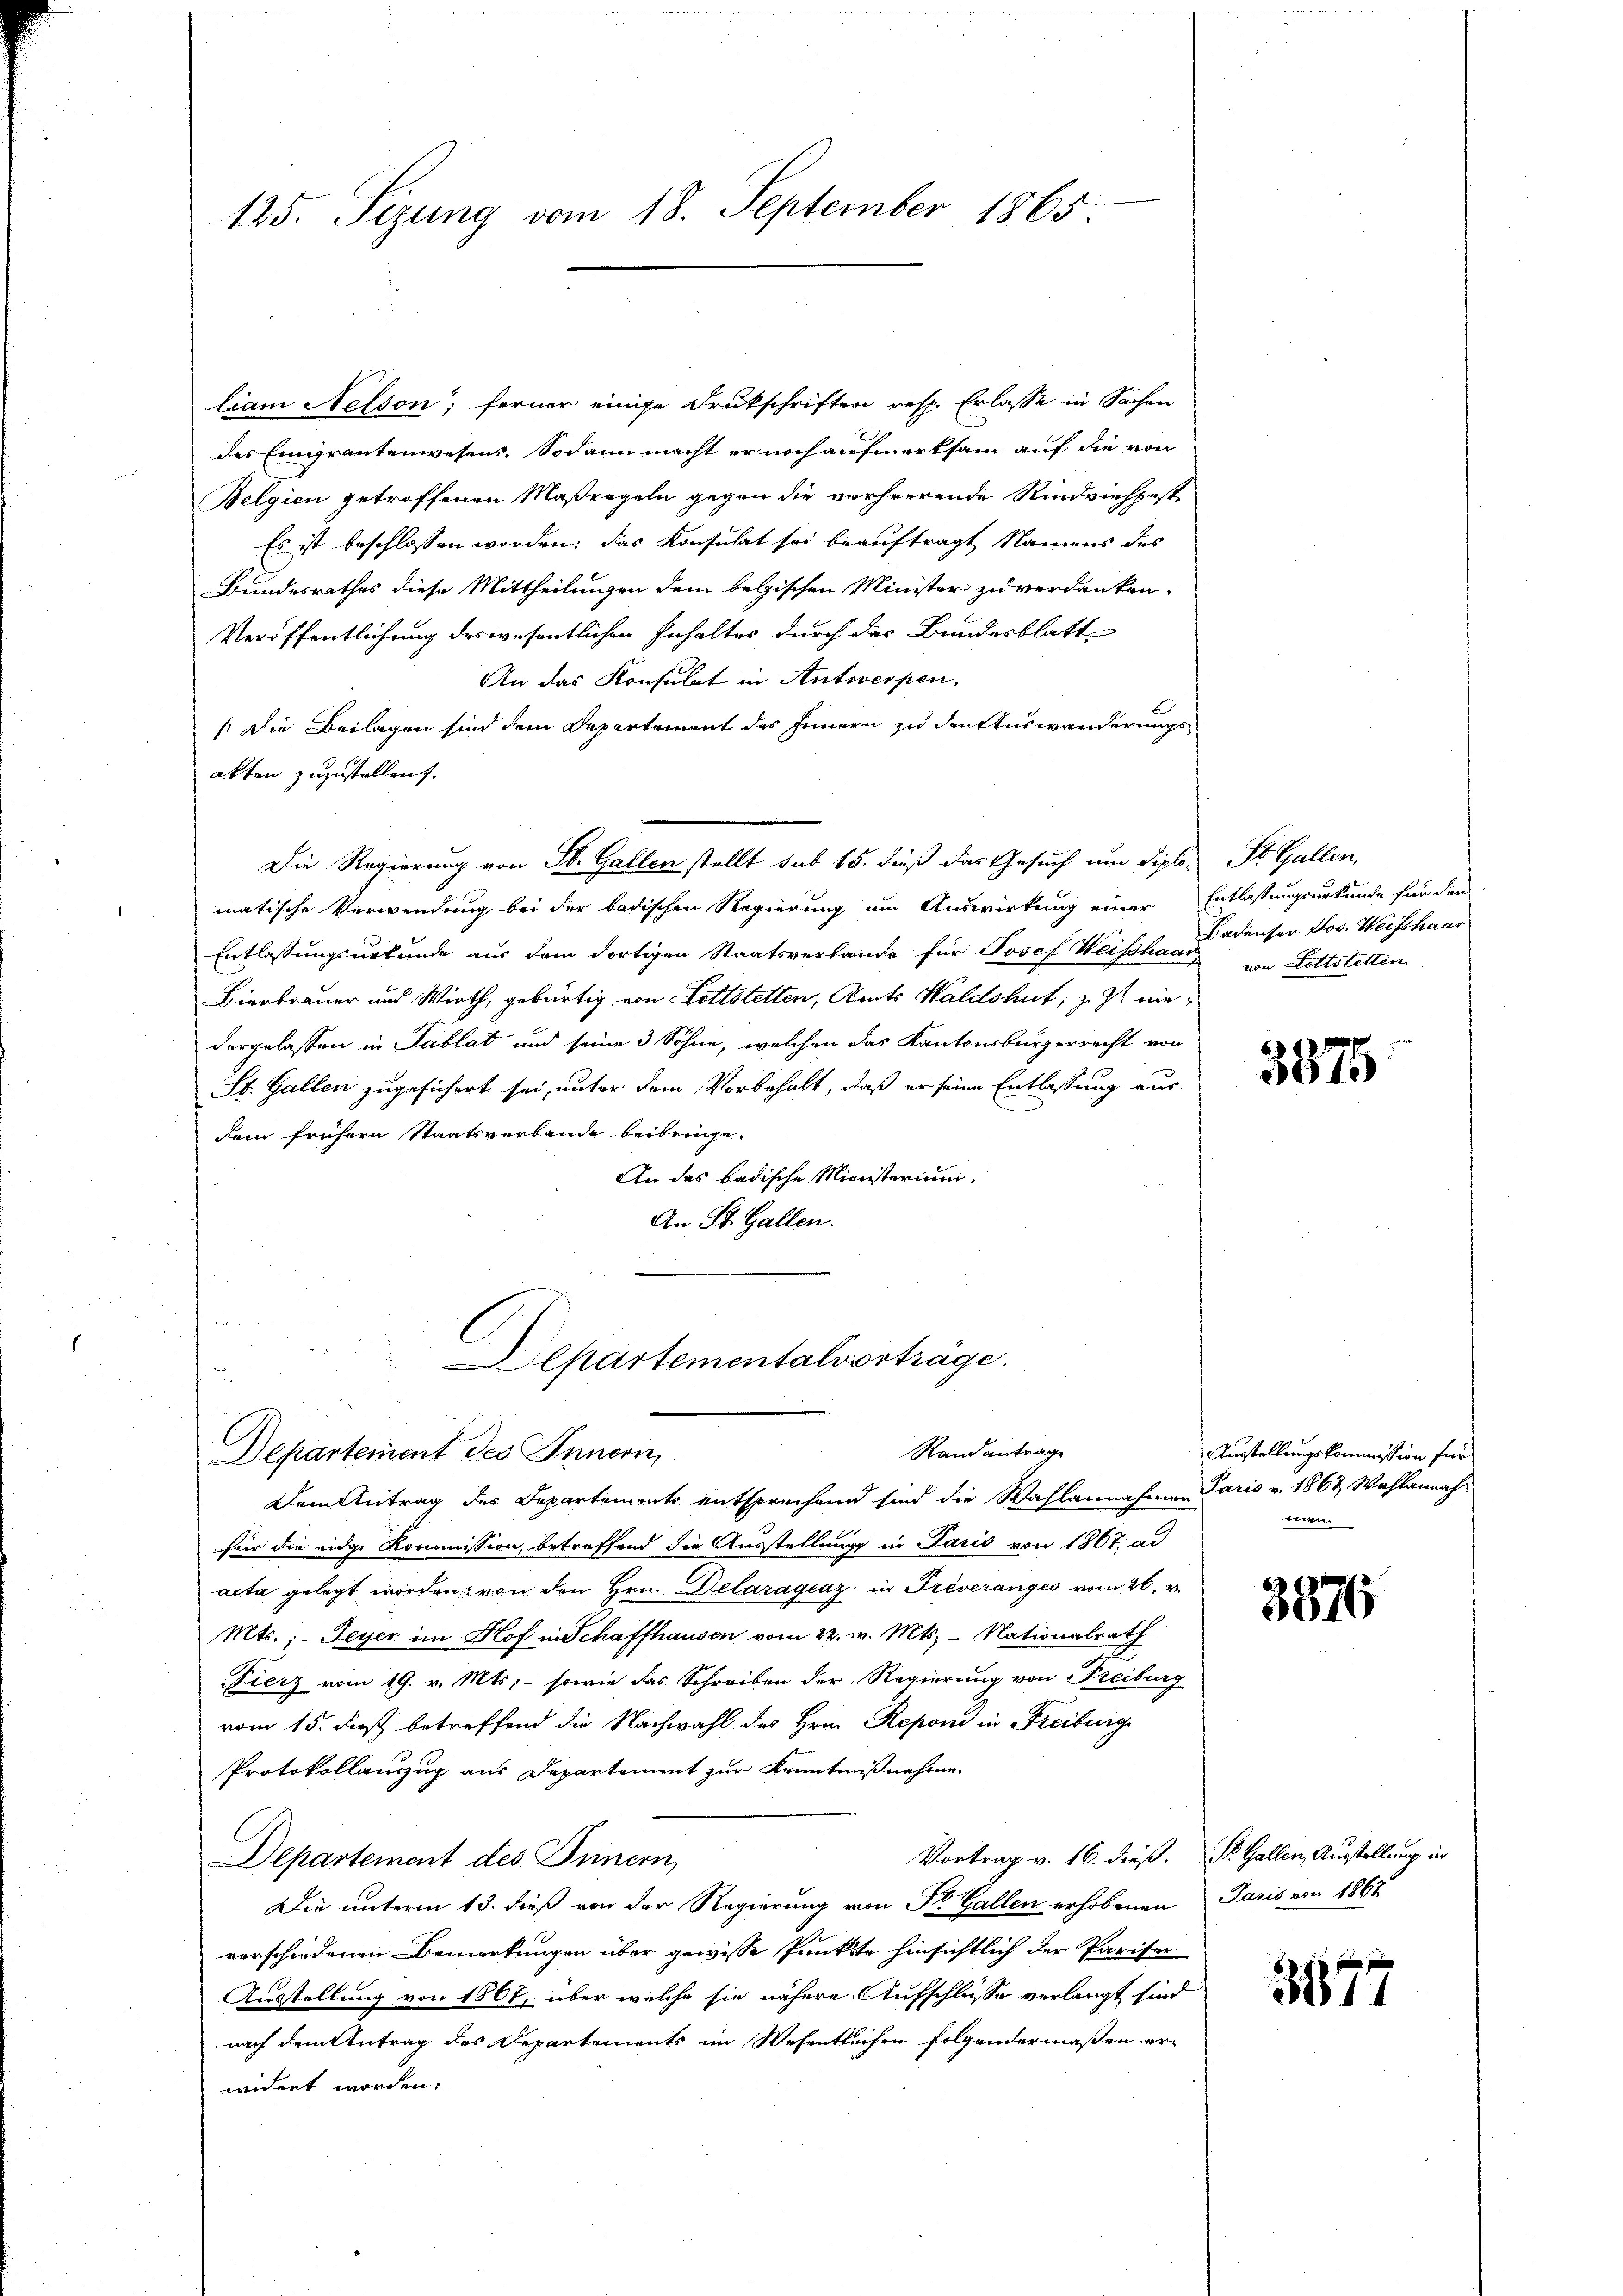
125. Sizung vom 18. September 1865.

liam Nelson; ferner einige Drukschriften resp. Erlasse in Sachen
des Eingrantenwesens. Sodann macht er noch aufmerksam auf die von
Belgien getroffenen Maßregeln gegen die verheerende Rindviehest
Es ist beschlossen worden; das Konsulat sei beauftragt Namens des
Bundesrathes diese Mittheilungen dem belgischen Minister zu verdanken.
Veröffentlichung deswesentlichen Inhaltes durch das Bundesblatt
An das Konsulat in Antwerpen.
Die Beilagen sind dem Departement des Innern zu den Auswanderungs
akten zuzustellen.
Die Regierung von St. Gallen stellt sub 15. dieß das Gesuch um diplo- St. Gallen,
matische Verwendung bei der badischen Regierung um Auswirkung einer Entlassungsurkunde für den
Entlassungsurkunde aus dem dortigen Staatsverlande für Josef Weisshand von Lottstetten
Bierbrauer und Wirth, gebürtig von Lottstetten, Amts Waldshut; z. Zt. niedergelassen in Tablat und seine 3 Söhne, welchen das Kantonsbürgerrecht von
St. Gallen zugesichert sei, unter dem Vorbehalt, daß er seine Entlassung aus-
Dem frühern Staatsverbande beibringe.
An das badische Ministerium,
An St. Gallen.

Departementalvorträge.
Rand antrage
Departement des Innerin.

Dem Antrag des Departements entsprechend sind die Wahlannahmen Paris v. 1862 Wahlannahfür die eidge Kommission, betreffend die Ausstellung in Paris von 1867, ad
acta gelegt worden, von den Hrn. Delarágeaz in Préveranges vom 26. v.
Mts. ; Feyer im Hof in Schaffhausen vom 22. v. Mts. - Nationalrath
Fierz vom 19. v. Mts, - sowie das Schreiben der Regierung von Freiburg
vom 15. des betreffend die Nachwahl des Hrn. Reponi in Freiburg
Protokollauszug aus Departement zur Kenntniß nehme
Vortrag v. 16. dieß. St. Gallen, Ausstellung in
Departement des Innern,
Die unterm 13. dieß von der Regierung von St. Gallen erhobenen Paris von 1867
verschiedenen Bemerkungen über gewisse Punkte hinsichtlich der Pariser
Ausstellung von 1864, über welche sie nähere Aufschlüsse verlangt sind
nach dem Antrag des Departements im Wesentlichen folgendermaßen erwidert worden.

Ladenser Jos. Weisshaar

3876

Ausstellungskommission für

387

877